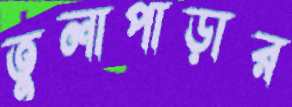
তুলাপাড়ার